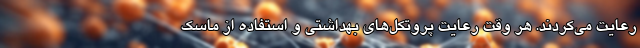
رعایت می‌کردند. هر وقت رعایت پروتکل‌های بهداشتی و استفاده از ماسک